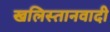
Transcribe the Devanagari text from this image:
खलिस्तानवादी